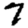
Digit: 7